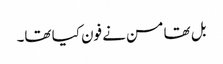
بل تھامسن نے فون کیا تھا۔